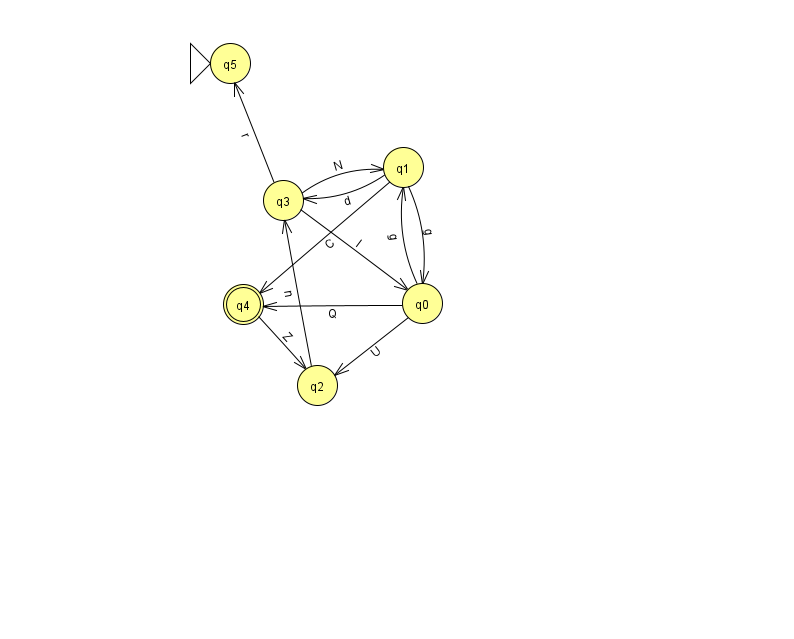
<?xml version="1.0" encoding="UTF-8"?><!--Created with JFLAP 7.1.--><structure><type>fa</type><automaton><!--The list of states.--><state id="0" name="q0"><x>422.0</x><y>290.0</y></state><state id="1" name="q1"><x>403.0</x><y>154.0</y></state><state id="2" name="q2"><x>317.0</x><y>372.0</y></state><state id="3" name="q3"><x>283.0</x><y>187.0</y></state><state id="4" name="q4"><x>243.0</x><y>291.0</y><final/></state><state id="5" name="q5"><x>230.0</x><y>50.0</y><initial/></state><!--The list of transitions.--><transition><from>0</from><to>2</to><read>U</read></transition><transition><from>2</from><to>3</to><read>n</read></transition><transition><from>3</from><to>0</to><read>I</read></transition><transition><from>1</from><to>3</to><read>d</read></transition><transition><from>1</from><to>4</to><read>C</read></transition><transition><from>3</from><to>5</to><read>r</read></transition><transition><from>4</from><to>2</to><read>Z</read></transition><transition><from>0</from><to>4</to><read>Q</read></transition><transition><from>3</from><to>1</to><read>N</read></transition><transition><from>0</from><to>1</to><read>g</read></transition><transition><from>1</from><to>0</to><read>g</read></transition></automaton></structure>